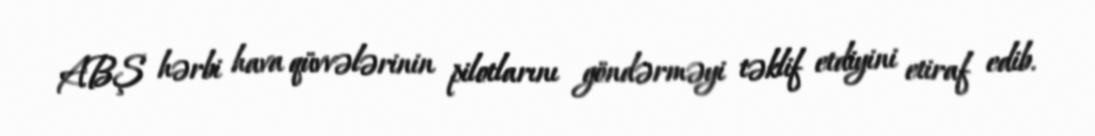
ABŞ hərbi hava qüvvələrinin pilotlarını göndərməyi təklif etdiyini etiraf edib.